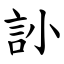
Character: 䚱